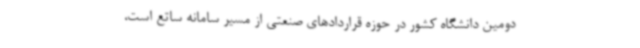
دومین دانشگاه کشور در حوزه قراردادهای صنعتی از مسیر سامانه ساتع است،